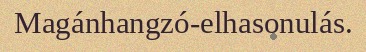
Magánhangzó-elhasonulás.